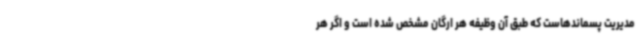
مدیریت پسماندهاست که طبق آن ‌وظیفه هر ارگان مشخص شده است و اگر هر